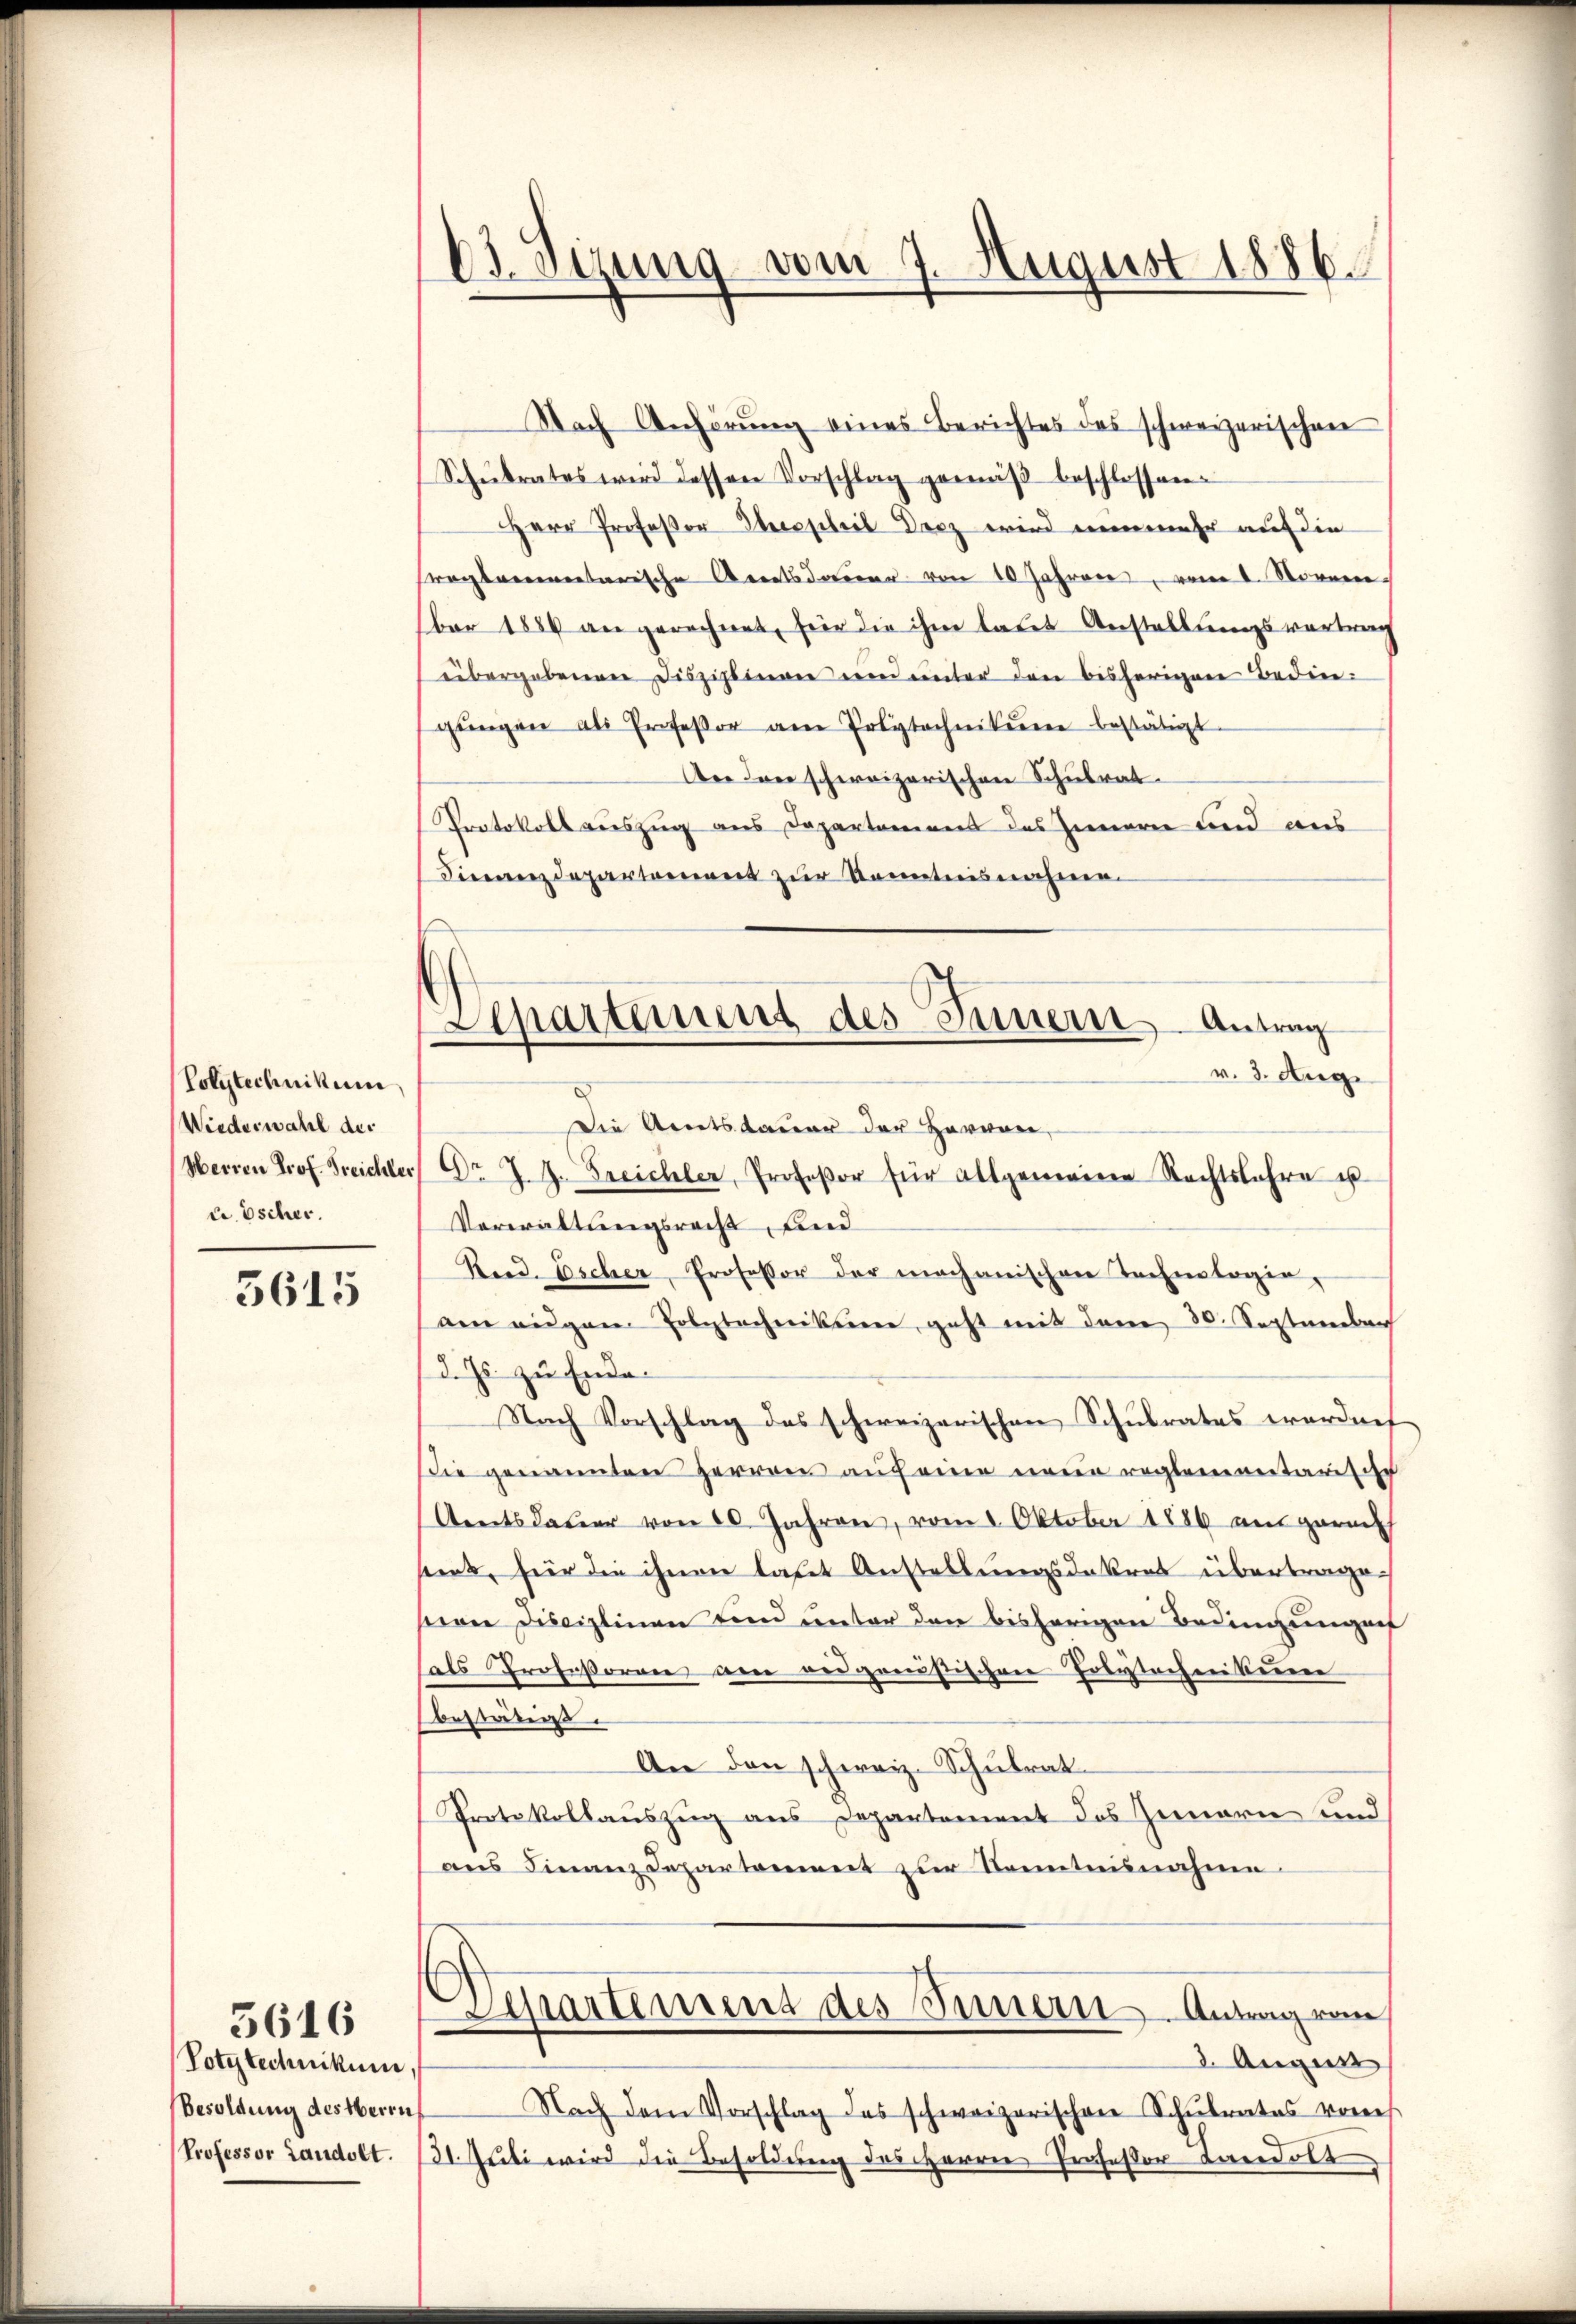
Volytechnikum
Wiederwahl der
Herren Prof. Treichler,
u. Escher.

5615

Polytechnikum
Besoldung des Herrn
Professor Landolt.

5616

23. Sizung vom 7. August 1886.

Aepartement des Innern Antrag
v. 3. Aug.

Nach Anhörung eines Berichtes des schweizerischen
Schŭlrates wird dessen Vorschlag gemäβ beschlossen.
HHerr Professor Herrscheil Desz wird nunmehr auf die
sreglementarische Arnetsdauer von 10 Jahren, vom 1. Novem
ber 1884 an gerechnet, für die ihm lates Anstellungsvortrag
übergebenen Disziplinen und unter den bisherigen Bedingŭngen als Professor am Polytechnikum bestätigt.
An den schweizerischen Schulrat.
Protokoll auszug aus Departamens des Inneren und aus
dinanzdepartement zur Kenntnisnahme.
Die Amtsdauer der Hervon,
Nr. 24. Freichler, Profeßor für allgemeinen Rechtsbahre ist
Verwaltungsreißt, und
Reid. Escher, Professor der mechanischen Technologie,
am angen Polytechnikum, geht mit dem 30. September
d. Js. zu Ende.
Nach Vorschlag des schweizerischen Schulrates werdnet
Die genannten Herren auf eine neue reglementarische
(Amtsdauer von 20. Jahren, vom 8. Oktober 1886 am gerich
sens, für die ihnen laut Anstellungsdekret übertragen
sern Disciplinen und unter den bisherigen Bedingungen
als Profeßoren am responistischen Polytechnikum
bestäten
An den schweiz. Schulrat
Protokollauszug aus Departement des Innern und
ans Finanz Departement zur Kenntnisnahme
Wartement des Innern Antrag vom
3. Augus
Nach dem Vorschlag des schweizerischen Schŭlrates vores
31. Juli wird die Besoldung des Herrn Professor Candolt